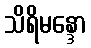
သိရိမန္ဒော